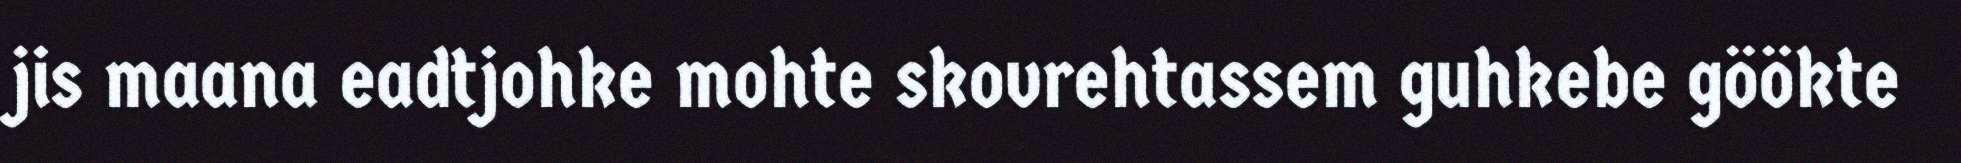
jis maana eadtjohke mohte skovrehtassem guhkebe göökte